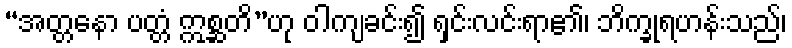
“အတ္တနော ပတ္တံ ဣစ္ဆတိ”ဟု ဝါကျခင်း၍ ရှင်းလင်းရာ၏၊ ဘိက္ခုရဟန်းသည်၊